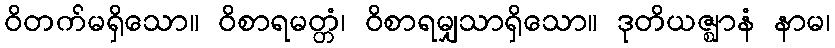
ဝိတက်မရှိသော။ ဝိစာရမတ္တံ၊ ဝိစာရမျှသာရှိသော။ ဒုတိယဇ္ဈာနံ နာမ၊